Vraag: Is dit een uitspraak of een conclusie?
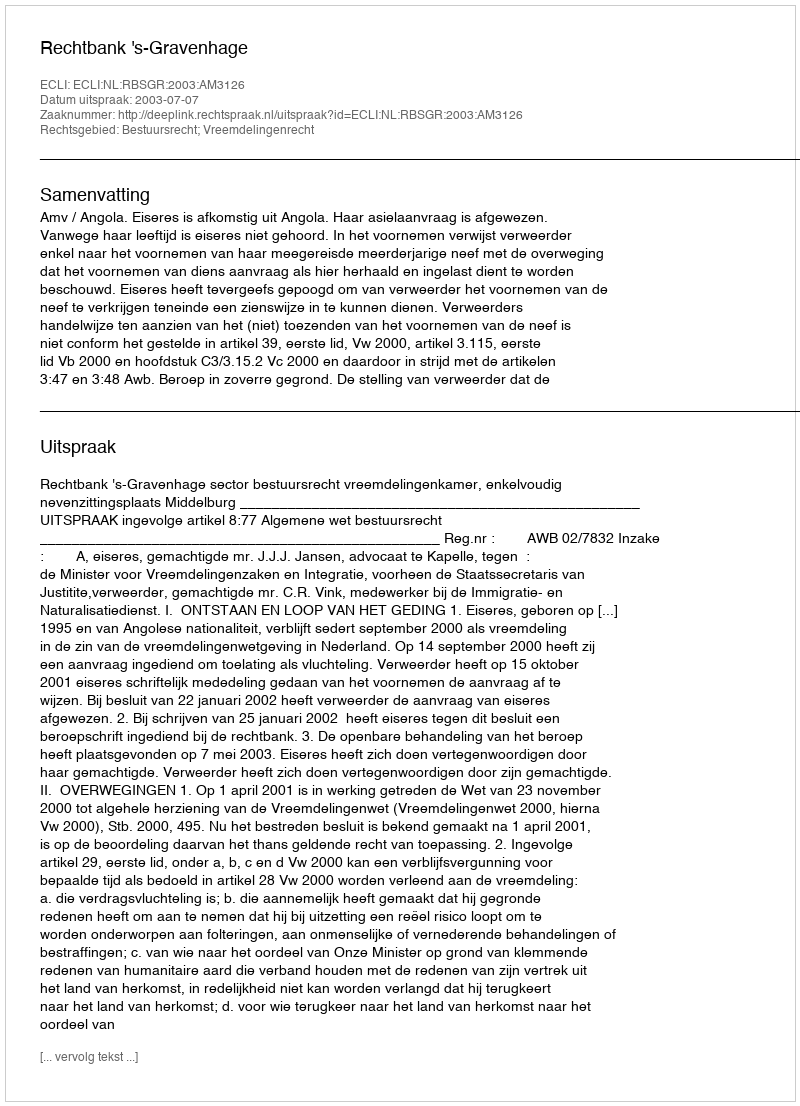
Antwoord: Uitspraak